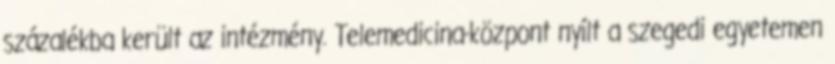
százalékba került az intézmény. Telemedicina-központ nyílt a szegedi egyetemen